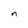
Character: n